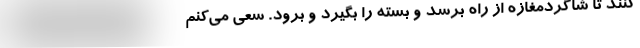
کنند تا شاگردمغازه از راه برسد و بسته‌ را بگیرد و برود. سعی می‌کنم